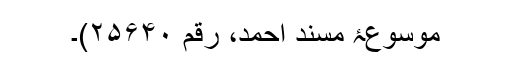
موسوعۂ مسند احمد، رقم ۲۵۶۴۰)۔